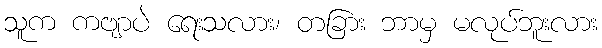
သူက ကဗျာပဲ ရေးသလား၊ တခြား ဘာမှ မလုပ်ဘူးလား